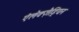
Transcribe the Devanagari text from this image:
ऐलेक्ज़ैड्रियन